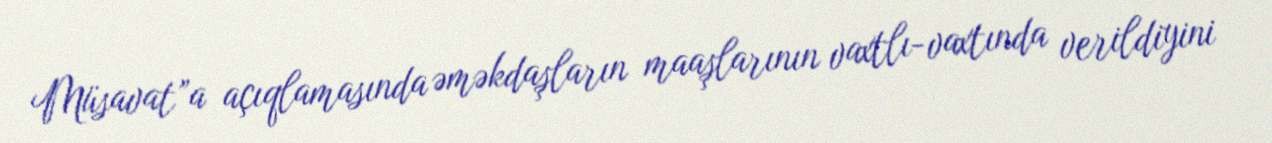
Müsavat”a açıqlamasında əməkdaşların maaşlarının vaxtlı-vaxtında verildiyini